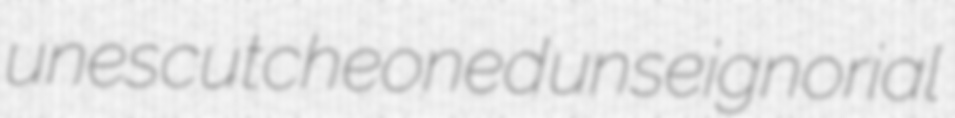
unescutcheoned unseignorial